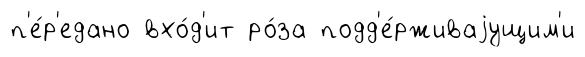
п'е́р'едано вхо́д'ит ро́за подд'е́рживаjущим'и